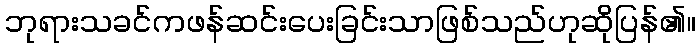
ဘုရားသခင်ကဖန်ဆင်းပေးခြင်းသာဖြစ်သည်ဟုဆိုပြန်၏။